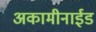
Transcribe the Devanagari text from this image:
अकामीनाईड